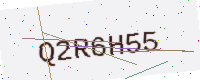
Text: Q2R6H55